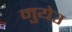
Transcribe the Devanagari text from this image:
मुयेउ